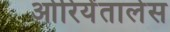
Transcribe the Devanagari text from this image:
ओरियेंतालेस